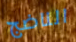
الناضج